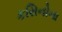
કસિનોના